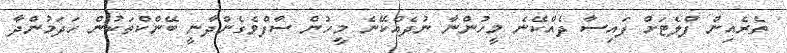
ތެރެއިން ފްލެޓަށް ފައިސާ ދެއްކޭނެ މީހުންނާ ނުދެއްކޭނެ މީހުން ސާފްވެގެންދާނީ ބޭންކްތަކުން ހަދަމުންދާ